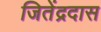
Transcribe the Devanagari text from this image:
जितेंद्रदास